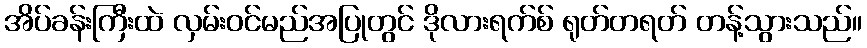
အိပ်ခန်းကြီးထဲ လှမ်းဝင်မည်အပြုတွင် ဒိုလားရက်စ် ရုတ်တရတ် တန့်သွားသည်။